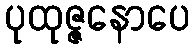
ပုထုဇ္ဇနောပေ